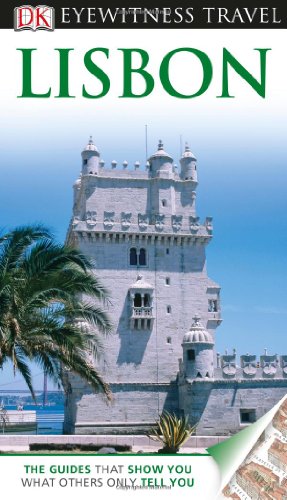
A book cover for DK Eyewitness Travel Guide: Lisbon; Susie Boulton; Travel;